Civil Veterinary Dept. Assam report 1911-1927 - 1911-1927
Year: 1911
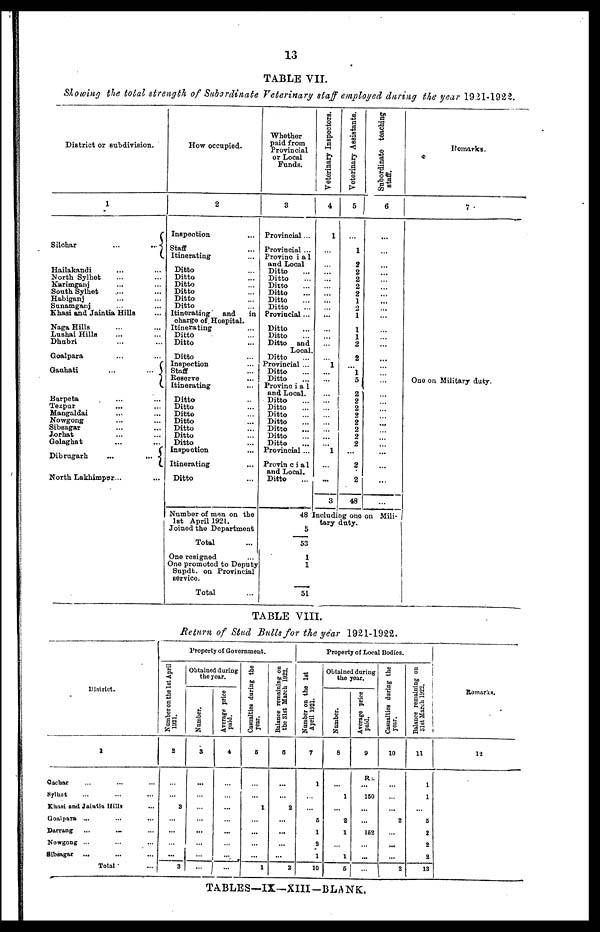
13
TABLE VII.
Slowing the total strength of Subordinate Veterinary staff employed during the year 1921-1922.
District or subdivision.
1
Silchar ... ...
Hailakandi ... ...
North Sylhet ... ...
Karimganj ... ...
South Sylhet ... ...
Habiganj ... ...
Sunamganj ... ...
Khasi and Jaintia Hills ...
Naga Hills ... ...
Lushai Hills ... ...
Dhubri ... ...
Goalpara ... ...
Gauhati ... ...
Barpeta ... ...
Tezpur ... ...
Mangaldai ... ...
Nowgong ... ...
Sibsagar ... ...
Jorhat ... ...
Golaghat ... ...
Dibrugarh ... ...
North Lakhimpur...
How occupied.
2
Inspection ...
Staff ...
Itinerating ...
Ditto ...
Ditto ...
Ditto ...
Ditto ...
Ditto ...
Ditto ...
Itinerating
and
in
charge of Hospital.
Itinerating ...
Ditto ...
Ditto ...
Ditto ...
Inspection ...
Staff ...
Reserve ...
Itinerating ...
Ditto ...
Ditto ...
Ditto ...
Ditto ...
Ditto ...
Ditto ...
Ditto ...
Inspection ...
Itinerating ...
Ditto ...
Number of men on the
1st April 1921.
Joined the Department
Total ...
One resigned ...
One promoted to Deputy
Supdt. on Provincial
service.
Total ...
Whether
paid from
Provincial
or Local
Funds.
3
Provincial ...
Provincial ...
Provincial
and Local
Ditto ...
Ditto ...
Ditto ...
Ditto ...
Ditto ...
Ditto ...
Provincial ...
Ditto ...
Ditto ...
Ditto and
Local.
Ditto ...
Provincial ...
Ditto ...
Ditto ...
Provincial
and Local.
Ditto ...
Ditto ...
Ditto ...
Ditto ...
Ditto ...
Ditto ...
Ditto ...
Provincial ...
Provincial
and Local.
Ditto ...
48
5
53
1
1
51
Veterinary Inspectors.
4
1
...
...
... ...
...
...
...
...
...
...
...
...
...
...
... 1
...
...
...
...
...
...
...
...
...
... 1
...
...
3
Includi
tary
Veterinary Assistants.
5
...
1
2
2
2
2
2
1
2
1
1
1
2
2
1 5
2
2
2
2
2
2
2
2
2
2
48
ng one
duty.
Subordinate teaching
staff.
6
...
...
...
... ...
...
...
...
...
...
...
...
...
...
...
...
...
...
...
...
...
...
...
...
...
...
...
...
. ...
...
...
on Mili-
Remarks.
7
One on Military duty.
TABLE VIII.
Return of Stud Bulls for the year 1921-1922.
District.
1
Cachar ... ... ...
Sylhet ... ... ...
Khasi and Jaintia Hills ...
Goalpara ... ... ...
Durrang ... ... ...
Nowgong ... ... ...
Sibsagac ... ... ...
Total ...
Property of Government.
Number on the 1st April
1921.
2
...
...
3
...
...
...
...
3
Obtained during
the year.
Number.
3
...
...
...
...
...
...
...
...
Average price
paid.
4
...
...
...
...
...
...
...
...
Casualties during the
year.
5
...
...
1
...
...
...
...
1
Balance remaining on
the 31st March 1922.
6
...
...
2
...
...
...
...
2
Property of Local Bodies.
Number on the 1st
April 1921.
7
1
...
...
5
1
2
1
10
Obtained
the
Number.
8
...
1
...
2
1
...
1
5
during
year.
Average price
paid.
9
R
...
150
...
...
162
...
...
...
Casualties during the
year.
10
...
...
...
2
...
...
...
2
Balance
remaining on
31st
March 1922.
11
1
1
5
2
2
2
13
Remarks.
12
TABLES—IX—XIII-BLANK.